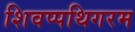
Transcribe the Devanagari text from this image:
शिवप्पथिगरम